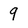
Character: 9